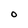
Character: O